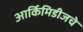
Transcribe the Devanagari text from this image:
आर्किमिडीजचे